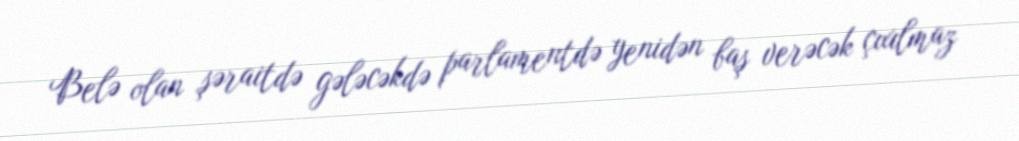
Belə olan şəraitdə gələcəkdə parlamentdə yenidən baş verəcək çıxılmaz